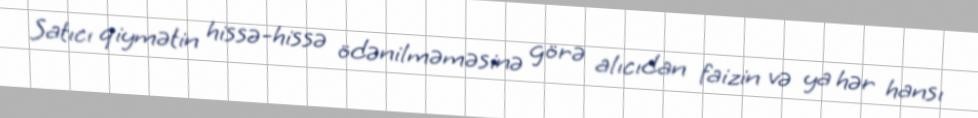
Satıcı qiymətin hissə-hissə ödənilməməsinə görə alıcıdan faizin və ya hər hansı